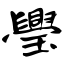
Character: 璺